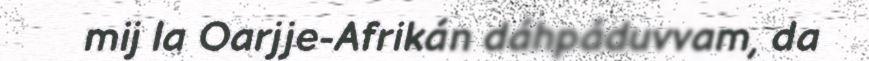
mij la Oarjje-Afrikán dáhpáduvvam, da